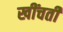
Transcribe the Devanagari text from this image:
खींचतीं